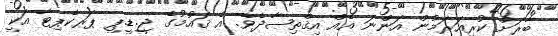
ބާރަށް ކުރިއަރަމުން އަންނަ އެއް އިޤްތިޞާދެވެ. އެ ޤައުމުގެ ޖީ.ޑީ.ޕީ ޕަރކެޕިޓާ އަކީ